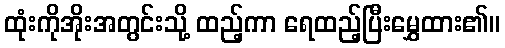
ထုံးကိုအိုးအတွင်းသို့ ထည့်ကာ ရေထည့်ပြီးမွှေထား၏။